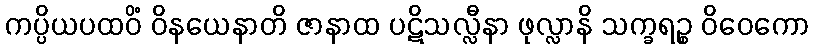
ကပ္ပိယပထဝိံ ဝိနယေနာတိ ဇာနာထ ပဋိသလ္လီနာ ဖုလ္လာနိ သက္ခရဉ္စ ဝိဝေကော